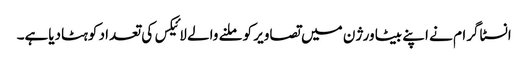
انسٹاگرام نے اپنے بیٹا ورژن میں تصاویر کو ملنے والے لائیکس کی تعداد کوہٹادیاہے۔